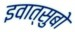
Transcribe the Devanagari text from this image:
इवात्सुबो